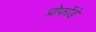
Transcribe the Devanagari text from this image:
प्रोफोंडे